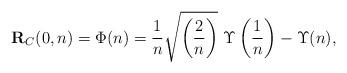
LaTeX: \begin{align*}\textbf{R}_{C}(0,n)=\Phi(n)=\frac{1}{n}\sqrt{\left(\frac{2}{n}\right)}~\Upsilon\left(\frac{1}{n}\right)-\Upsilon(n),\end{align*}